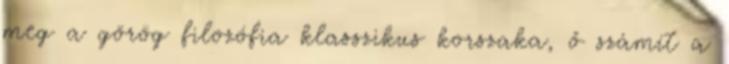
meg a görög filozófia klasszikus korszaka, ő számít a